Vaccination in Burma 1912-1922 - 1912-1922
Year: 1912
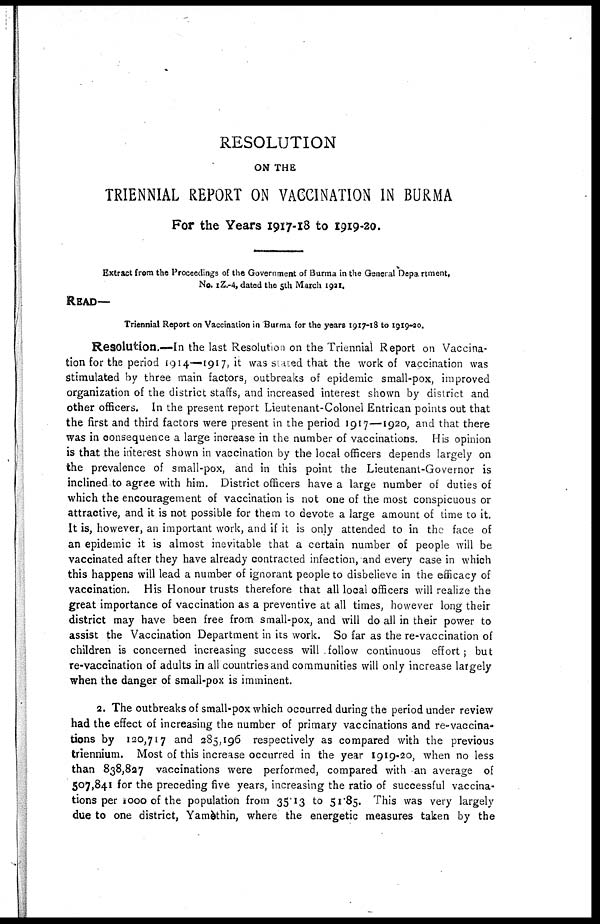
RESOLUTION
ON THE
TRIENNIAL REPORT ON VACCINATION IN BURMA
For the Years 1917-18 to 1919-20.
Extract from the Proceedings of the Government of Burma in the General Department,
No. 1Z.-4, dated the 5th March 1921.
READ—
Triennial Report on Vaccination in Burma for the years 1917-18 to 1919-20.
Resolution.—In the last Resolution on the Triennial Report on Vaccina-
tion for the period 1914—1917, it was stated that the work of vaccination was
Stimulated by three main factors, outbreaks of epidemic small-pox, improved
organization of the district staffs, and increased interest shown by district and
other officers. In the present report Lieutenant-Colonel Entrican points out that
the first and third factors were present in the period 1917—1920, and that there
was in consequence a large increase in the number of vaccinations. His opinion
is that the interest shown in vaccination by the local officers depends largely on
the prevalence of small-pox, and in this point the Lieutenant-Governor is
inclined to agree with him. District officers have a large number of duties of
which the encouragement of vaccination is not one of the most conspicuous or
attractive, and it is not possible for them to devote a large amount of time to it.
It is, however, an important work, and if it is only attended to in the face of
an epidemic it is almost inevitable that a certain number of people will be
vaccinated after they have already contracted infection, and every case in which
this happens will lead a number of ignorant people to disbelieve in the efficacy of
vaccination. His Honour trusts therefore that all local officers will realize the
great importance of vaccination as a preventive at all times, however long their
district may have been free from small-pox, and will do all in their power to
assist the Vaccination Department in its work. So far as the re-vaccination of
children is concerned increasing success will follow continuous effort; but
re-vaccination of adults in all countries and communities will only increase largely
when the danger of small-pox is imminent.
2. The outbreaks of small-pox which occurred during the period under review
had the effect of increasing the number of primary vaccinations and re-vaccina-
tions by 120,717 and 285,196 respectively as compared with the previous
triennium. Most of this increase occurred in the year 1919-20, when no less
than 838,827 vaccinations were performed, compared with an average of
507,841 for the preceding five years, increasing the ratio of successful vaccina-
tions per 1,000 of the population from 35.13 to 51.85. This was very largely
due to one district, Yamèthin, where the energetic measures taken by the